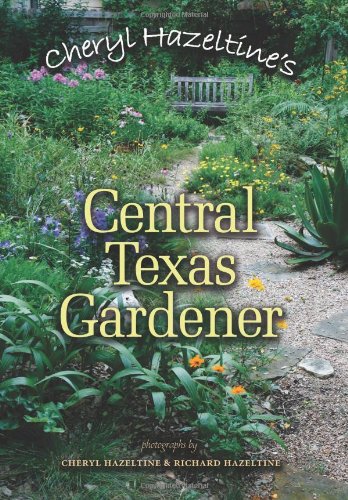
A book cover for Cheryl Hazeltine's Central Texas Gardener (Louise Lindsey Merrick Natural Environment Series); Cheryl Hazeltine; Crafts, Hobbies & Home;